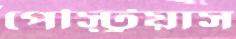
পেস্ট্রিয়াস